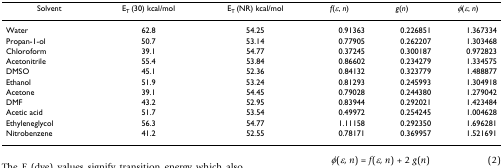
<table><thead><tr><td><b>Solvent</b></td><td><b>E<sub>T </sub>(30) kcal/mol</b></td><td><b>E<sub>T </sub>(NR) kcal/mol</b></td><td><b><i>f</i>(<i>ε</i>, <i>n</i>)</b></td><td><b><i>g</i>(<i>n</i>)</b></td><td><b><i>φ</i>(<i>ε</i>, <i>n</i>)</b></td></tr></thead><tbody><tr><td>Water</td><td>62.8</td><td>54.25</td><td>0.91363</td><td>0.226851</td><td>1.367334</td></tr><tr><td>Propan-1-ol</td><td>50.7</td><td>53.14</td><td>0.77905</td><td>0.262207</td><td>1.303468</td></tr><tr><td>Chloroform</td><td>39.1</td><td>54.77</td><td>0.37245</td><td>0.300187</td><td>0.972823</td></tr><tr><td>Acetonitrile</td><td>55.4</td><td>53.84</td><td>0.86602</td><td>0.234279</td><td>1.334575</td></tr><tr><td>DMSO</td><td>45.1</td><td>52.36</td><td>0.84132</td><td>0.323779</td><td>1.488877</td></tr><tr><td>Ethanol</td><td>51.9</td><td>53.24</td><td>0.81293</td><td>0.245993</td><td>1.304918</td></tr><tr><td>Acetone</td><td>39.1</td><td>54.45</td><td>0.79028</td><td>0.244380</td><td>1.279042</td></tr><tr><td>DMF</td><td>43.2</td><td>52.95</td><td>0.83944</td><td>0.292021</td><td>1.423484</td></tr><tr><td>Acetic acid</td><td>51.7</td><td>53.54</td><td>0.49972</td><td>0.254245</td><td>1.004628</td></tr><tr><td>Ethyleneglycol</td><td>56.3</td><td>54.77</td><td>1.11158</td><td>0.292350</td><td>1.696281</td></tr><tr><td>Nitrobenzene</td><td>41.2</td><td>52.55</td><td>0.78171</td><td>0.369957</td><td>1.521691</td></tr></tbody></table>